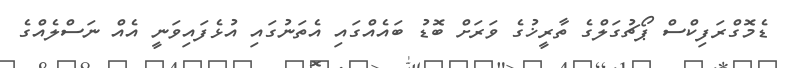
ޑެމޮގްރަފިކްސް ޕޯޗުގަލްގެ ތާރީޚުގެ ވަރަށް ބޮޑު ބައެއްގައި އެތަނުގައި އުޅެފައިވަނީ އެއް ނަސްލެއްގެ